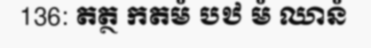
136: តត្ថ កតមំ បឋ មំ ឈានំ